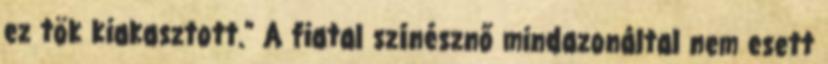
ez tök kiakasztott." A fiatal színésznő mindazonáltal nem esett